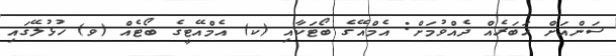
ސަންއަށް ޚަބަރެއް ދެއްވުމަށް: އެމްއޭގެ ބޯޓަކާއި (ކ) އެމްއޭޓީގެ ބޯޓެއް (ވ) ހުޅުލޭގައި